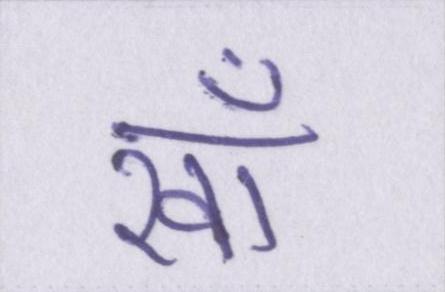
खाँ